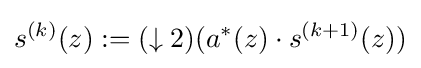
s^{(k)}(z):=(\downarrow 2)(a^{*}(z)\cdot s^{(k+1)}(z))